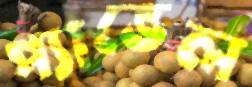
প্যাভেল